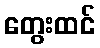
တွေးထင်